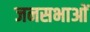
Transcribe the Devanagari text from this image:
जनसभाआें